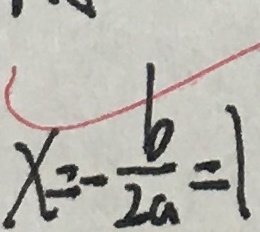
x = - \frac { b } { 2 a } = 1